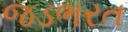
જડભરત